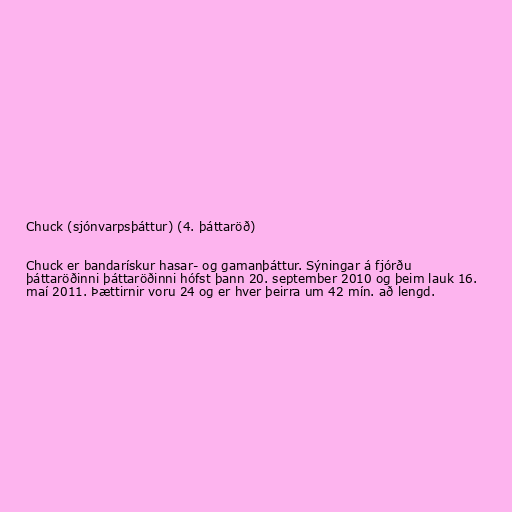
Chuck (sjónvarpsþáttur) (4. þáttaröð)

Chuck er bandarískur hasar- og gamanþáttur. Sýningar á fjórðu
þáttaröðinni þáttaröðinni hófst þann 20. september 2010 og þeim lauk 16.
maí 2011. Þættirnir voru 24 og er hver þeirra um 42 mín. að lengd.